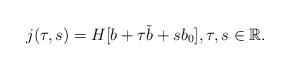
LaTeX: \begin{align*}j(\tau,s)=H[b+\tau \tilde{b}+sb_0],\tau,s\in \mathbb{R}.\end{align*}